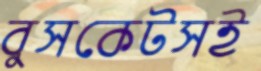
বুসকেটসই